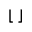
\lfloor \; \rfloor